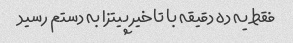
فقط یه ده دقیقه با تاخیر پیتزا به دستم رسید